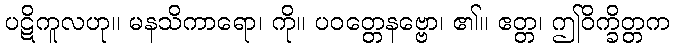
ပဋိကူလဟု။ မနသိကာရော၊ ကို။ ပဝတ္တေနဗ္ဗော၊ ၏။ ဧတ္တ၊ ဤဝိက္ခိတ္တက